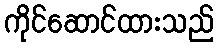
ကိုင်ဆောင်ထားသည်